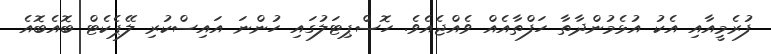
ފުރެމީއާއި އެކު އުޅެމުންދާތާ ހަފްތާއެއް ވެއްޖެއެވެ. ހޮސްޕިޓަލުގައި ހުންނަ އައިސްކުރި ލޭޕެކެޓް ބޮއެބޮއެ